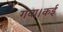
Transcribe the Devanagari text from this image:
गया।कई